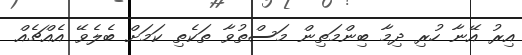
އިރު އޭނާ ހުރި ދިމާ ބިންމަތިން މަސްތުވާ ތަކެތި ކަމަށް ބެލެވޭ އެއްޗެއް